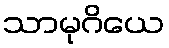
သာမုဂိယေ